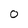
Character: O